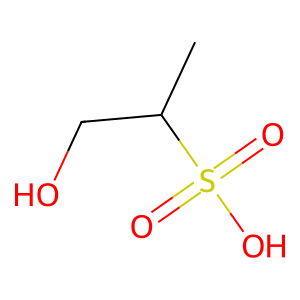
SMILES: CC(CO)S(=O)(=O)O
Inhibits HIV replication: No